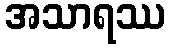
အသာရဿ